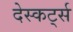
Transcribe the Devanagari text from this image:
देस्कर्ट्स